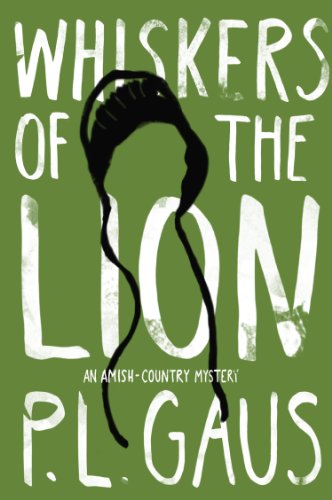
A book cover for Whiskers of the Lion: An Amish-Country Mystery; P. L. Gaus; Christian Books & Bibles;